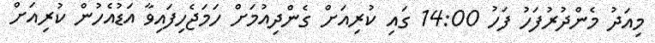
މިއަދު މެންދުރުފަހު ފަހު 14:00 ގައި ކުރިއަށް ގެންދިއުމަށް ހަމަޖެހިފައިވާ އަޑުއެހުން ކުރިއަށް